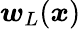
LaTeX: \boldsymbol{w}_{L}(\boldsymbol{x})